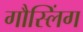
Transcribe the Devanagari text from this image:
गौस्लिंग